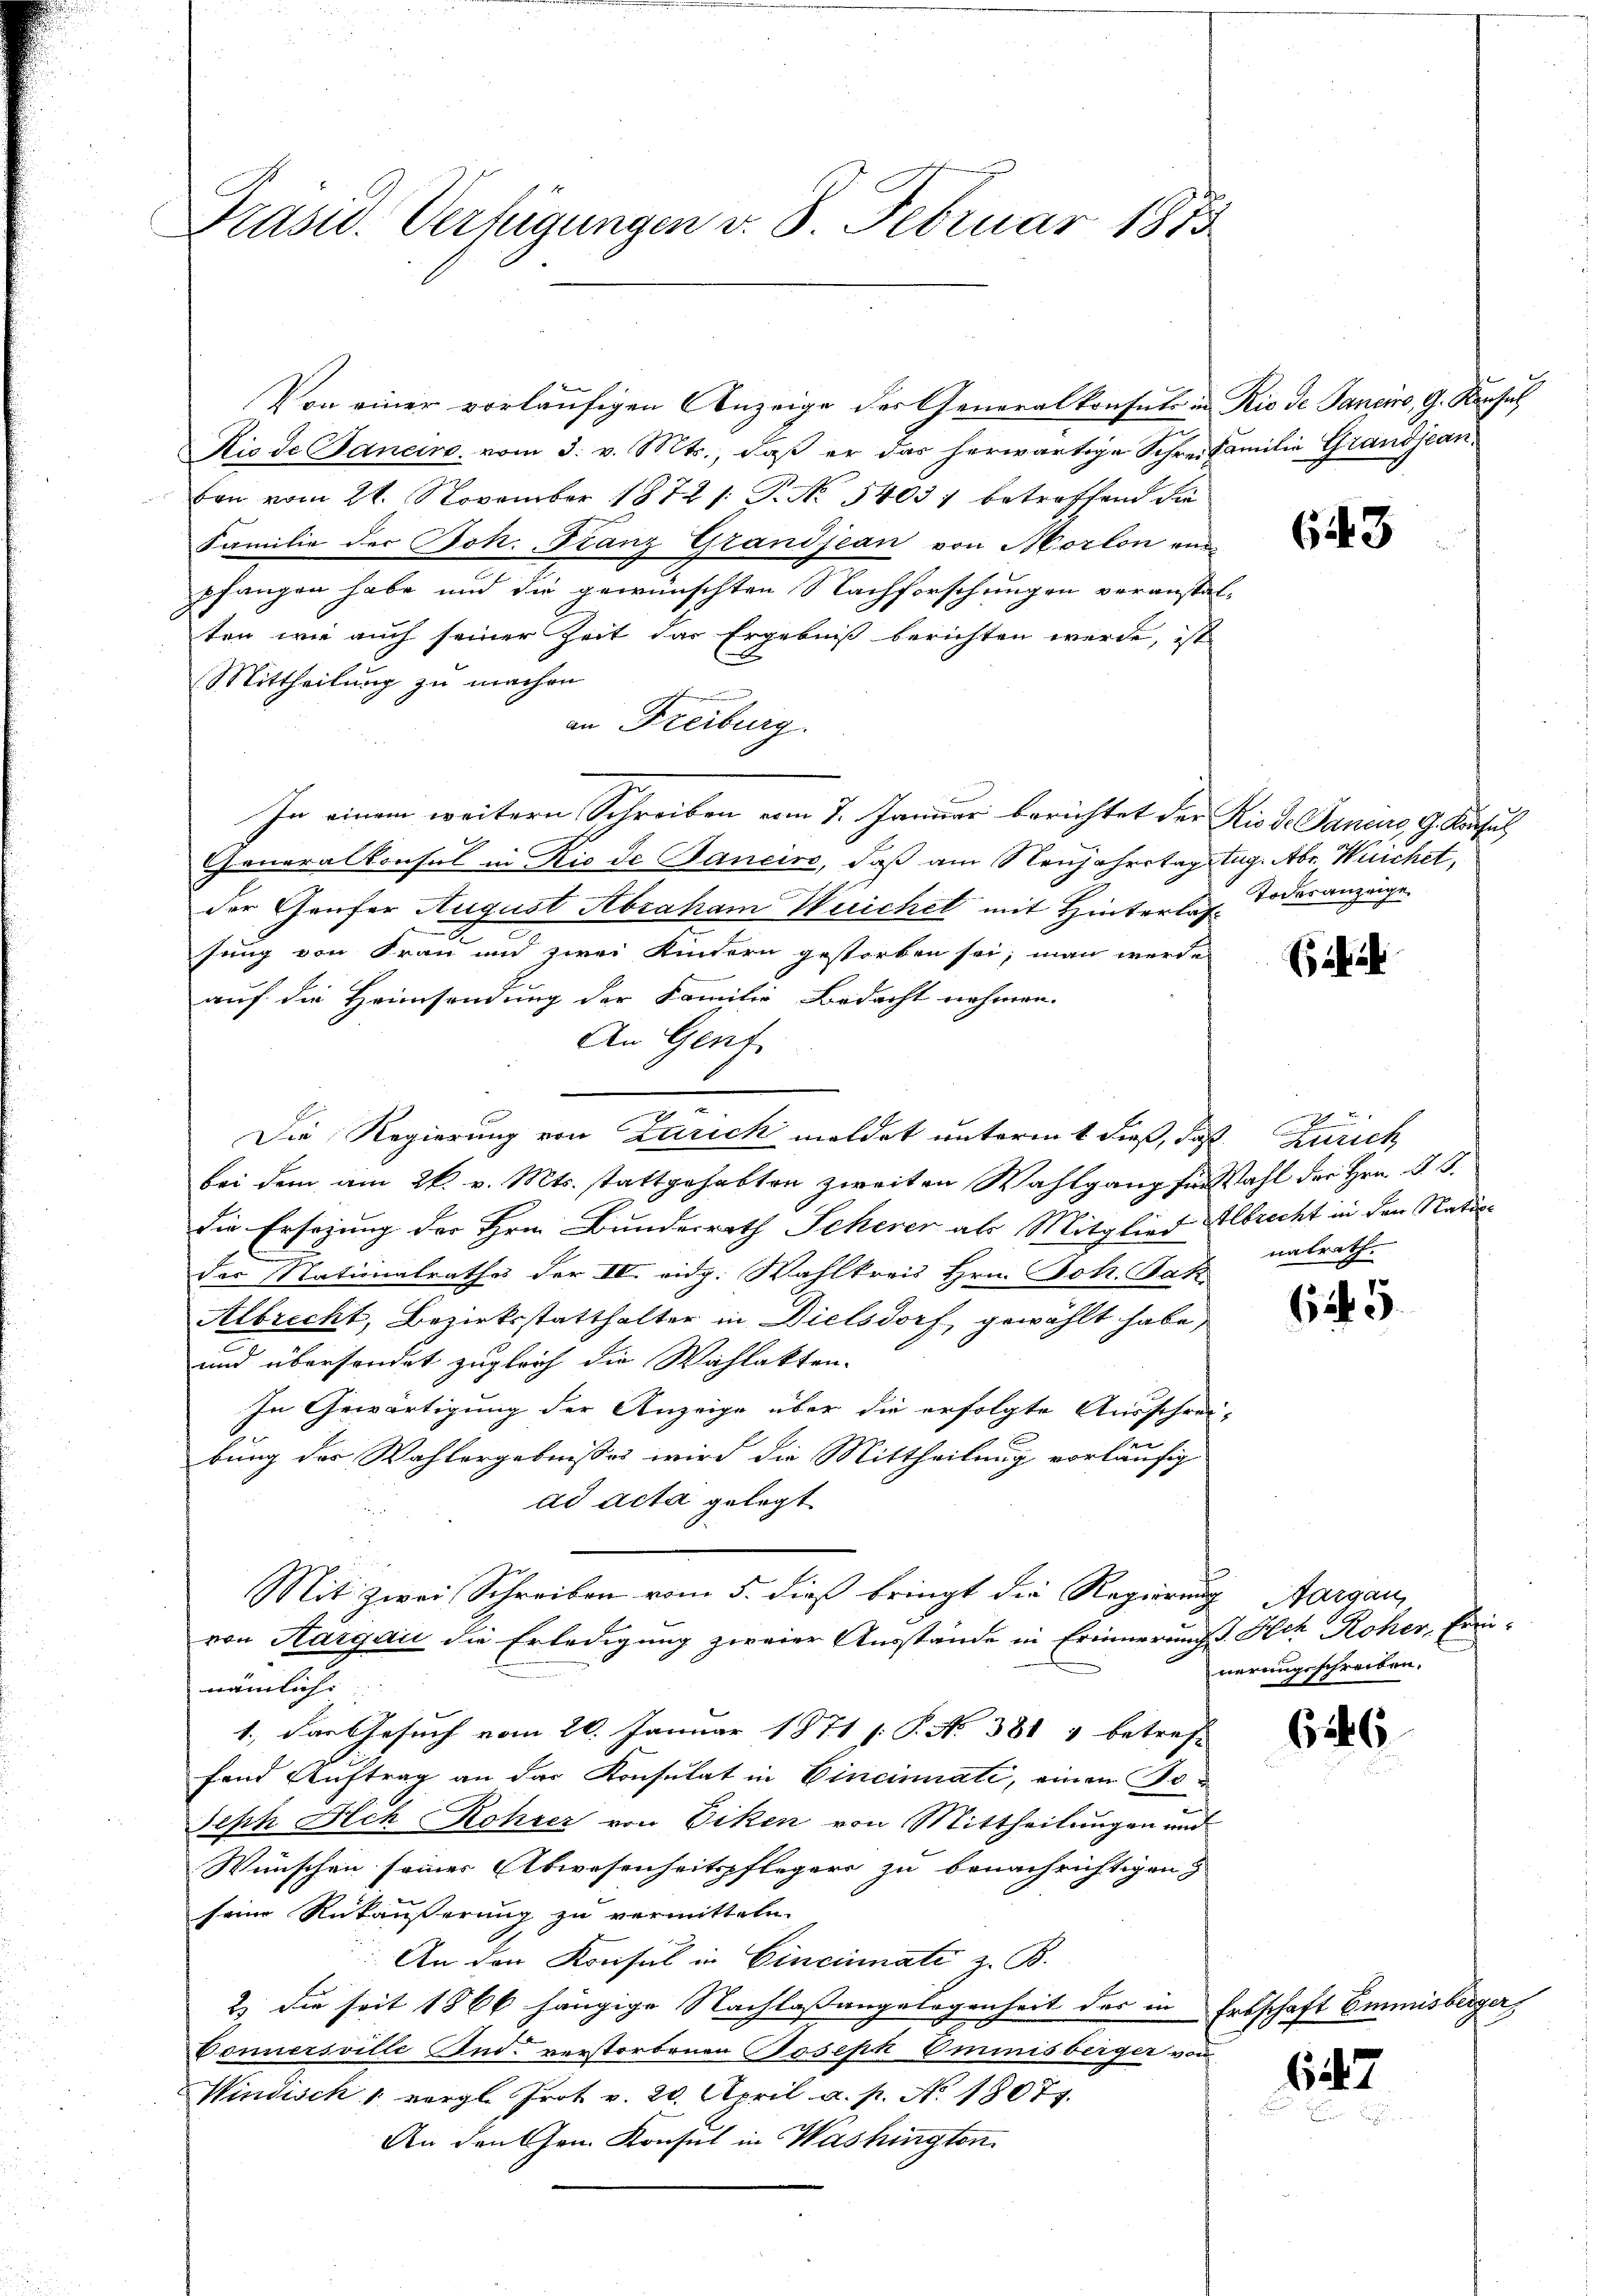
Präsid. Verfügungen v. 8. Februar 1875

Von einer vorläufigen Anzeige der Generalkonsuls in Rio de Janeiro, G. Konsich
Kis de Janeiro vom 3. v. Mts., daß er das herwärtige Schreifamilie Grandjeanvon vom 28. November 1872 /: P. Nr. 54037 betreffend die
Familie der Joh. Franz Grandjean von Morlon einpfangen habe und die gewünschten Nachforschungen veranstal-
ten wie auch seiner Zeit das Ergebniß berichten werde, ist
Mittheilung zu machen.
u
an Freiburg.
In einem weitern Schreiben vom 7. Januar berichtet der Kis d. Januars, 9. Konsul
Jeneralkonsul in Rio de Janeire, daß am Neujahrstag Aug. Aber Weichet,
der Genfer August Abraham Weichel mit Hinterlassung von Frau und zwei Kindern gestorben sei; man werde
auf die Heimsendung der Familie Bedacht nehmen.
An Gent
Die Regierung von Zarich meldet unterm 4 dieß, daß Zürich,
bei dem am 26. v. Mts. stattgehabten zweiten Wahlgang für Wahl der Hrn. R. G.
die Ersezung der Hrn. Bundesrath Scherer als Mitglied Albrecht in den Natio
der Nationalrathes der IV. eidg. Wahlkreis Hrn. Joh. Jak
Albrecht, Bezirksstatthalter in Dielsdorf, gewählt habe,
und übersondet zugleich die Wahlakten-
In Gewärtigung der Anzeige über die erfolgte Ausschrei-
2
bung der Wahlergebnisses wird die Mittheilung vorläufig
ad acta gelegt.
Mit zwei Schreiben vom 5. dieß bringt die Regierung Aargau,
von Aargau die Erledigung zweier Ausstände in Erinnerung d. Hech Roher, Erinnämlich:
1., Das Gesuch vom 20. Januar 1871 /: P. No 381 4 betreff
fand Auftrag an der Konsulat in Cincinati, einen So¬
Seph Ach Rohrer von Diken von Mittheilungen und
Wünschen seiner Abwesenheitspflegers zu benachrichtigen
seine Rükäußerung zu vermitteln.
An den Konsul in Cincinati z. B.
2.) Die seit 1866 hängige Nachlaßangelegenheit der in Erbschaft Emmnisberger
Connersville And. verstorbenen Joseph Ommnisberger von
Windisch 1 vergl. Prot v. 20. April a. p. No. 1807.
An den Gen. Konsul in Washington

643

Todesanzeige

nalrath.

625

nerungsschreiben.

6246

647